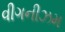
વીગનીઝમ